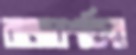
বাজারশক্তির